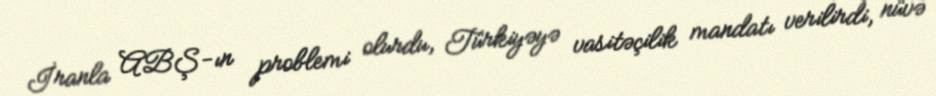
İranla ABŞ-ın problemi olurdu, Türkiyəyə vasitəçilik mandatı verilirdi, nüvə